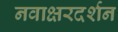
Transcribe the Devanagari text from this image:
नवाक्षरदर्शन